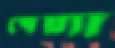
পেয়্যা